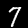
Digit: 7